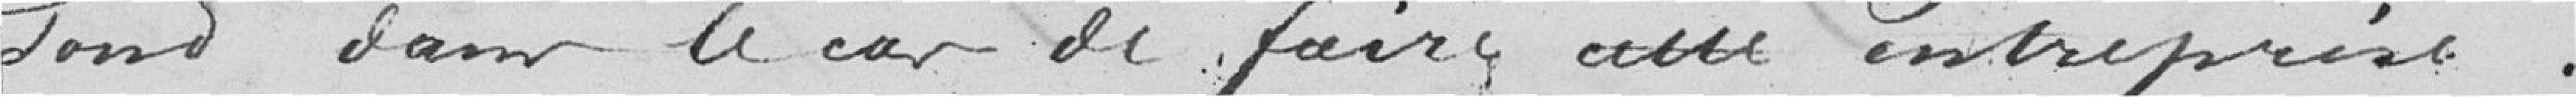
sont dans le cas de faire cette entreprise.